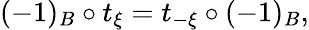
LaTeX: (-1)_{B}\circ t_{\xi}=t_{-\xi}\circ(-1)_{B},